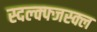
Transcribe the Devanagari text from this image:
स्दल्क्फ्जस्क्ल